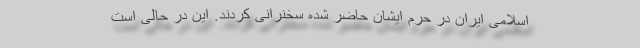
اسلامی ایران در حرم ایشان حاضر شده سخنرانی کردند. این در حالی است